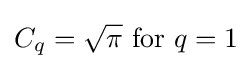
C_{q}={\sqrt {\pi }}{\text{ for }}q=1